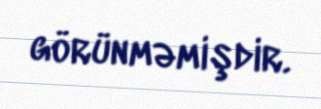
görünməmişdir.